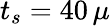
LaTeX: t_{s}=40\, \mu